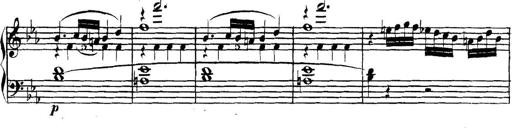
Title: Collected Piano Sonatas
Composer: Muzio Clementi